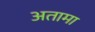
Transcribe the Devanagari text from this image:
अतामा